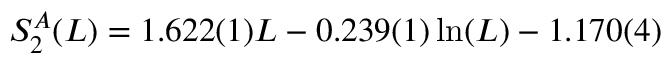
S _ { 2 } ^ { A } ( L ) = 1 . 6 2 2 ( 1 ) L - 0 . 2 3 9 ( 1 ) \ln ( L ) - 1 . 1 7 0 ( 4 )